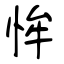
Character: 恈